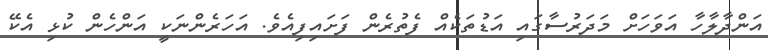
އަންދާލާހާ އަވަހަށް މަދަރުސާގައި އަޑުތަކެއް ފެތުރެން ފަށައިފިއެވެ. އަހަރެންނަކީ އަންހެން ކުޅި އެކޭ